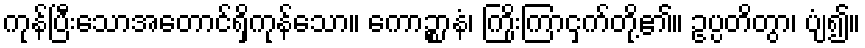
ကုန်ပြီးသောအတောင်ရှိကုန်သော။ ကောဉ္စာနံ၊ ကြိုးကြာငှက်တို့၏။ ဥပ္ပတိတွာ၊ ပျံ၍။